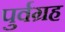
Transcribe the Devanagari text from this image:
पुर्वग्रह